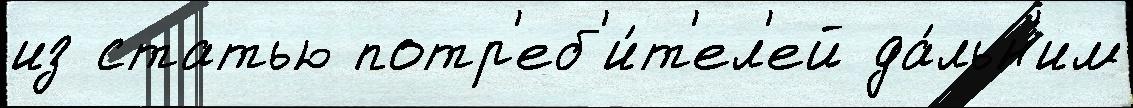
из статью потр'еб'и́т'ел'ей да́льн'им